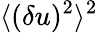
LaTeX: \langle{(\delta u)^{2}}\rangle^{2}